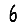
Digit: 6